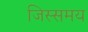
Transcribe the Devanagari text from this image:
जिस्समय